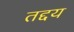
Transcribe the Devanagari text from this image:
तद्दय